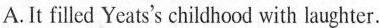
A.It filed Yeats's chikdhood with laughter.